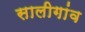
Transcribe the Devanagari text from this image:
सालीगांव